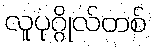
လူပုဂ္ဂိုလ်တစ်